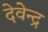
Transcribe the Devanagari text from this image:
देवेेन्द्र